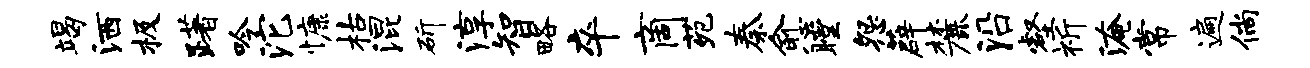
竭洒极躇吟沱慷枯混斫淳智略卒商苑秦愈瞠怨薜麓沿壑祈淹常遍倘